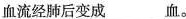
血流经肺后变成___血。